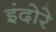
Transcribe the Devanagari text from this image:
इंदोरे